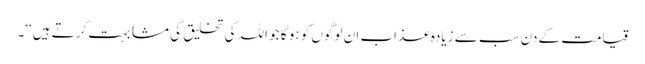
قیامت کے دن سب سے زیادہ عذاب ان لوگوں کو ہو گا جو اللہ کی تخلیق کی مشابہت کرتے ہیں‘‘۔